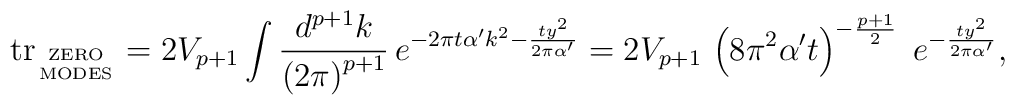
\mbox{tr}_{\mbox{\tiny      ZERO}\atop\mbox{\tiny  MODES}} = 2 V_{p+1} \int \frac{d^{p+1}      k}{\left( 2\pi\right)^{p+1}}\,      e^{-2\pi t\alpha^\prime  k^2 -\frac{t y^2}{2\pi \alpha^\prime}      } = 2V_{p+1}\,\left( 8\pi^2 \alpha^\prime      t\right)^{-\frac{p+1}{2}}\;       e^{-\frac{t y^2}{2\pi\alpha^\prime}}  ,